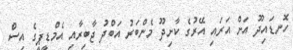
ހޮނޑައިދޫ އަށް އަރައި އޭރުގެ ކާށިދޫ މެންބަރު އަބްދު ޖާބިރާއި އެމްޑީޕީގެ އިސް